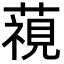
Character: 𮑖